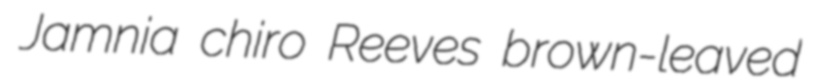
Jamnia chiro Reeves brown-leaved